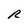
Character: R